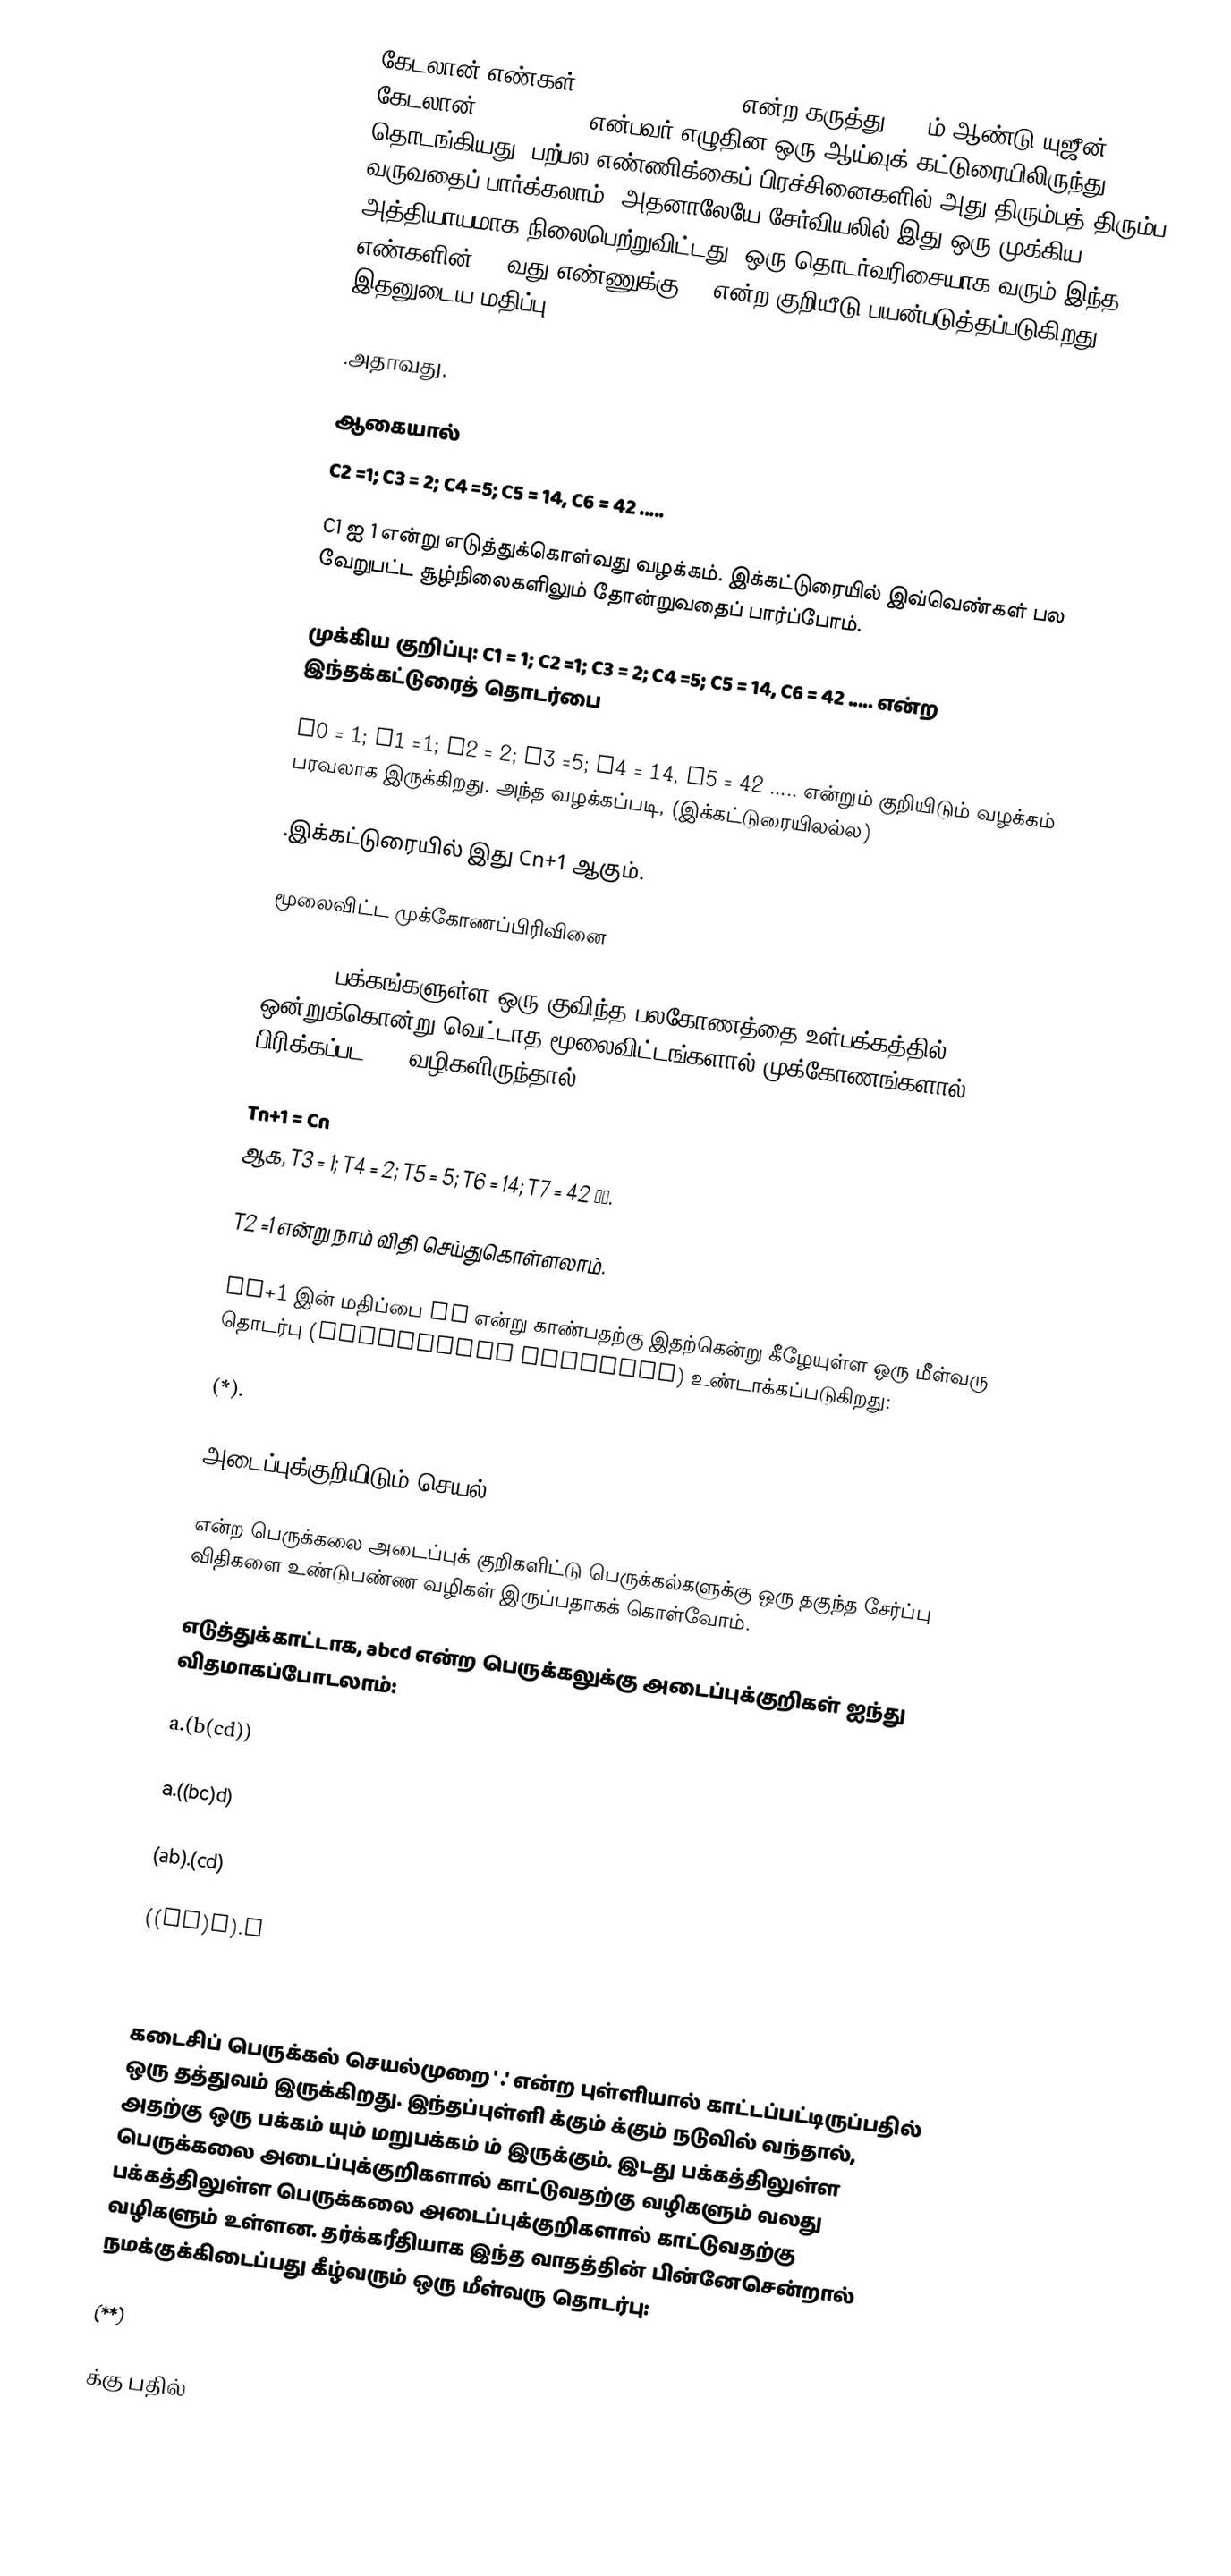
கேடலான் எண்கள் (Catalan numbers) என்ற கருத்து 1830ம் ஆண்டு யுஜீன் கேடலான் (1814-1894) என்பவர் எழுதின ஒரு ஆய்வுக் கட்டுரையிலிருந்து தொடங்கியது. பற்பல எண்ணிக்கைப் பிரச்சினைகளில் அது திரும்பத் திரும்ப வருவதைப் பார்க்கலாம். அதனாலேயே சேர்வியலில் இது ஒரு முக்கிய அத்தியாயமாக நிலைபெற்றுவிட்டது. ஒரு தொடர்வரிசையாக வரும் இந்த எண்களின் n –வது எண்ணுக்கு Cn என்ற குறியீடு பயன்படுத்தப்படுகிறது. இதனுடைய மதிப்பு

.அதாவது,

ஆகையால்
C2 =1; C3 = 2; C4 =5; C5 = 14, C6 = 42 .....

C1 ஐ 1 என்று எடுத்துக்கொள்வது வழக்கம். இக்கட்டுரையில் இவ்வெண்கள் பல வேறுபட்ட சூழ்நிலைகளிலும் தோன்றுவதைப் பார்ப்போம்.

முக்கிய குறிப்பு: C1 = 1; C2 =1; C3 = 2; C4 =5; C5 = 14, C6 = 42 ..... என்ற இந்தக்கட்டுரைத் தொடர்பை

C0 = 1; C1 =1; C2 = 2; C3 =5; C4 = 14, C5 = 42 ..... என்றும் குறியிடும் வழக்கம் பரவலாக இருக்கிறது. அந்த வழக்கப்படி, (இக்கட்டுரையிலல்ல)

.இக்கட்டுரையில் இது Cn+1 ஆகும்.

மூலைவிட்ட முக்கோணப்பிரிவினை

(n + 1) பக்கங்களுள்ள ஒரு குவிந்த பலகோணத்தை உள்பக்கத்தில் ஒன்றுக்கொன்று வெட்டாத மூலைவிட்டங்களால் முக்கோணங்களால் பிரிக்கப்பட Tn+1வழிகளிருந்தால்

Tn+1 = Cn
ஆக, T3 = 1; T4 = 2; T5 = 5; T6 = 14; T7 = 42 …….

T2 =1 என்று நாம் விதி செய்துகொள்ளலாம்.

Tn+1 இன் மதிப்பை Cn என்று காண்பதற்கு இதற்கென்று கீழேயுள்ள ஒரு மீள்வரு தொடர்பு (Recurrence relation) உண்டாக்கப்படுகிறது:

 (*).

அடைப்புக்குறியிடும் செயல்

என்ற பெருக்கலை அடைப்புக் குறிகளிட்டு பெருக்கல்களுக்கு ஒரு தகுந்த சேர்ப்பு விதிகளை உண்டுபண்ண  வழிகள் இருப்பதாகக் கொள்வோம்.

எடுத்துக்காட்டாக, abcd என்ற பெருக்கலுக்கு அடைப்புக்குறிகள் ஐந்து விதமாகப்போடலாம்:

 a.(b(cd))

 a.((bc)d)

 (ab).(cd)

 ((ab)c).d

 (a(bc)).d

கடைசிப் பெருக்கல் செயல்முறை ' .' என்ற புள்ளியால் காட்டப்பட்டிருப்பதில் ஒரு தத்துவம் இருக்கிறது. இந்தப்புள்ளி  க்கும்  க்கும் நடுவில் வந்தால், அதற்கு ஒரு பக்கம்  யும் மறுபக்கம்  ம் இருக்கும். இடது பக்கத்திலுள்ள பெருக்கலை அடைப்புக்குறிகளால் காட்டுவதற்கு  வழிகளும் வலது பக்கத்திலுள்ள பெருக்கலை அடைப்புக்குறிகளால் காட்டுவதற்கு  வழிகளும் உள்ளன. தர்க்கரீதியாக இந்த வாதத்தின் பின்னேசென்றால் நமக்குக்கிடைப்பது கீழ்வரும் ஒரு மீள்வரு தொடர்பு:

(**)

க்கு பதில்